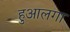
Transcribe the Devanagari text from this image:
हुआलगा